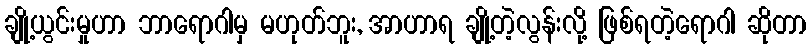
ချို့ယွင်းမှုဟာ ဘာရောဂါမှ မဟုတ်ဘူး, အာဟာရ ချို့တဲ့လွန်းလို့ ဖြစ်ရတဲ့ရောဂါ ဆိုတာ